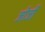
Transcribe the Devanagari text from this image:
जोर्जी